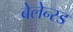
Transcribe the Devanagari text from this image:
बेलेन्स्ड